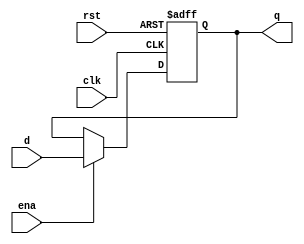
`timescale 1ns / 1ps
//////////////////////////////////////////////////////////////////////////////////
// Company: 
// Engineer: 
// 
// Design Name: 
// Module Name: flopenr
// Project Name: 
// Target Devices: 
// Tool Versions: 
// Description: 
// 
// Dependencies: 
// 
// Revision:
// Revision 0.01 - File Created
// Additional Comments:
// 
//////////////////////////////////////////////////////////////////////////////////

module flopenr #(parameter WIDTH=8)(
	input wire clk,rst,ena,
	input wire[WIDTH-1:0] d,
	output reg [WIDTH-1:0] q
);
	initial begin
		q<=32'h0;
	end
	always @(posedge clk,posedge rst) begin
		if(rst) begin
			q<=32'h0;
		end else begin
			if(ena) begin
				q<=d;
			end
		end
	end
endmodule